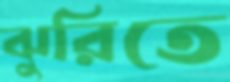
ঝুরিতে